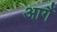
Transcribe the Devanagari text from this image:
आगैं